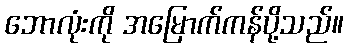
ဘောလုံးကို အမြောက်ကန်ပို့သည်။